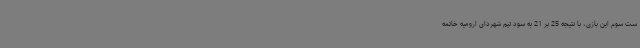
ست سوم این بازی، با نتیجه 25 بر 21 به سود تیم شهردای ارومیه خاتمه